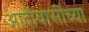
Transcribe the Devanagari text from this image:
आदीवासींच्या